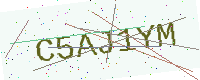
Text: C5AJ1YM